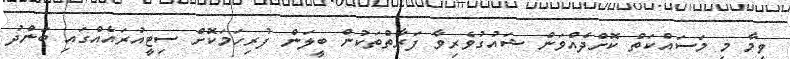
ވީމާ މި މަސައްކަތް ކޮށްދެއްވަން ޝައުގުވެރިވާ ފަރާތްތަކުން ބީލަން ފުރިހަމަކޮށް ސިޓީއުރައެއްގައި ބަންދު